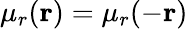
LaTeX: \mu_{r}(\mathbf{r})=\mu_{r}(-\mathbf{r})